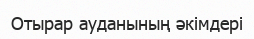
Отырар ауданының әкімдері